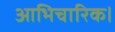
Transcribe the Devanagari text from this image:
आभिचारिक।